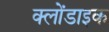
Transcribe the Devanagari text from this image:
क्लोंडाइक